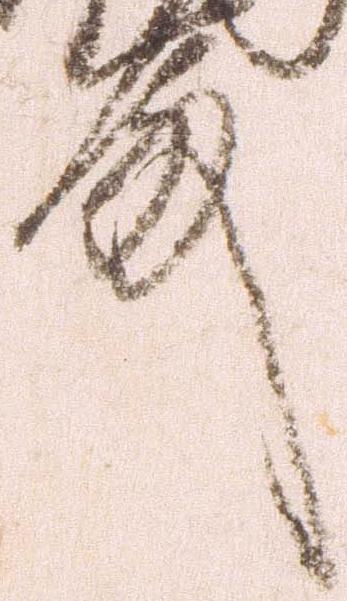
殿